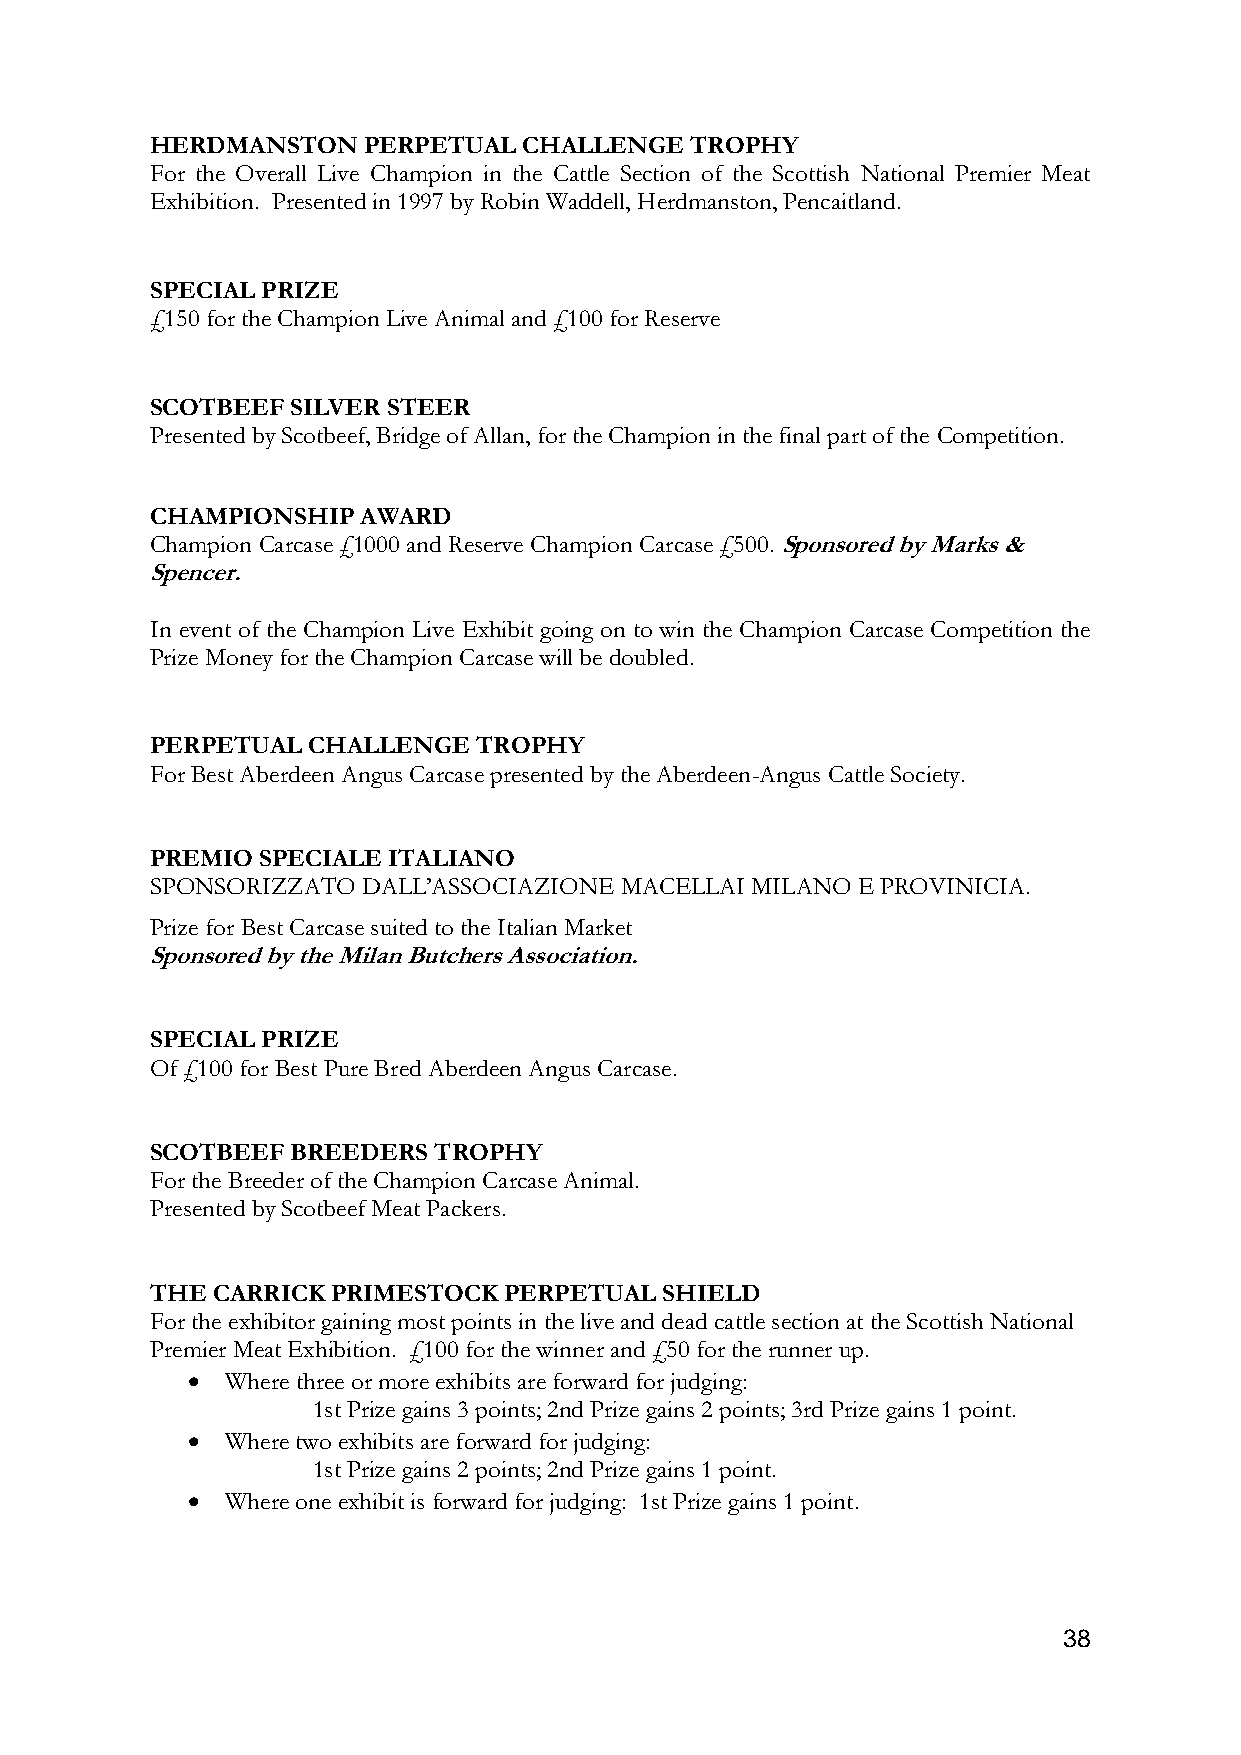
HERDMANSTON   PERPETUAL  CHALLENGE  TROPHY
 For the Overall Live Champion in the Cattle Section of the Scottish National Premier Meat
 Exhibition. Presented in 1997 by Robin Waddell, Herdmanston, Pencaitland.
 SPECIAL PRIZE
 £150 for the Champion Live Animal and £100 for Reserve
 SCOTBEEF SILVER STEER
 Presented by Scotbeef, Bridge of Allan, for the Champion in the final part of the Competition.
 CHAMPIONSHIP  AWARD
 Champion Carcase £1000 and Reserve Champion Carcase £500. Sponsored by Marks &
 Spencer.
 In event of the Champion Live Exhibit going on to win the Champion Carcase Competition the
 Prize Money for the Champion Carcase will be doubled.
 PERPETUAL CHALLENGE   TROPHY
 For Best Aberdeen Angus Carcase presented by the Aberdeen-Angus Cattle Society.
 PREMIO SPECIALE ITALIANO
 SPONSORIZZATO DALL’ASSOCIAZIONE MACELLAI MILANO E PROVINICIA.
 Prize for Best Carcase suited to the Italian Market
 Sponsored by the Milan Butchers Association.
 SPECIAL PRIZE
 Of £100 for Best Pure Bred Aberdeen Angus Carcase.
 SCOTBEEF BREEDERS  TROPHY
 For the Breeder of the Champion Carcase Animal.
 Presented by Scotbeef Meat Packers.
 THE CARRICK PRIMESTOCK PERPETUAL  SHIELD
 For the exhibitor gaining most points in the live and dead cattle section at the Scottish National
 Premier Meat Exhibition. £100 for the winner and £50 for the runner up.
 •  Where three or more exhibits are forward for judging:
 1st Prize gains 3 points; 2nd Prize gains 2 points; 3rd Prize gains 1 point.
 •  Where two exhibits are forward for judging:
 1st Prize gains 2 points; 2nd Prize gains 1 point.
 •  Where one exhibit is forward for judging: 1st Prize gains 1 point.
 38